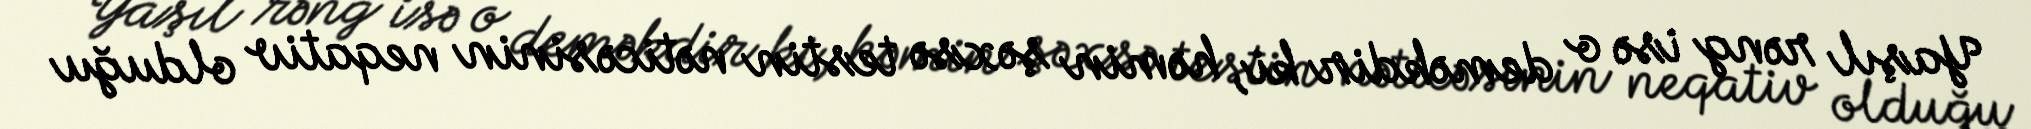
Yaşıl rəng isə o deməkdir ki, həmin şəxsə testin nəticəsinin neqativ olduğu